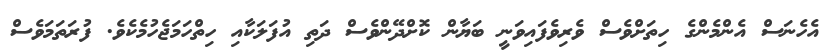
އެހެނަސް އެންމެންގެ ހިތަށްވެސް ވެރިވެފައިވަނީ ބަޔާން ކޮށްދޭންވެސް ދަތި އުފަލަކާއި ހިތްހަމަޖެހުމެކެވެ. ފުރަތަމަވެސް